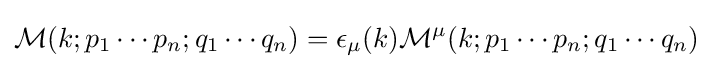
{\mathcal {M}}(k;p_{1}\cdots p_{n};q_{1}\cdots q_{n})=\epsilon _{\mu }(k){\mathcal {M}}^{\mu }(k;p_{1}\cdots p_{n};q_{1}\cdots q_{n})